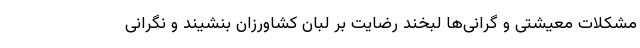
مشکلات معیشتی و گرانی‌ها لبخند رضایت بر لبان کشاورزان بنشیند و نگرانی